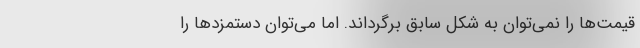
قیمت‌ها را نمی‌توان به شکل سابق برگرداند. اما می‌توان دستمزدها را